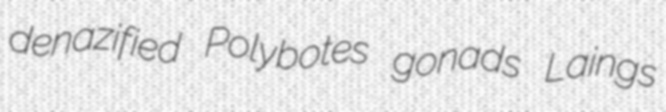
denazified Polybotes gonads Laings